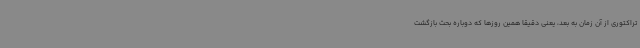
تراکتوری از آن زمان به بعد، یعنی دقیقا همین روزها که دوباره بحث بازگشت